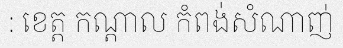
: ខេត្ត កណ្តាល កំពង់សំណាញ់